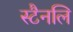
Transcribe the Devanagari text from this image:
स्टैनलि